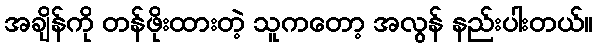
အချိန်ကို တန်ဖိုးထားတဲ့ သူကတော့ အလွန် နည်းပါးတယ်။